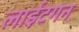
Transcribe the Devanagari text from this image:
लाईटगन